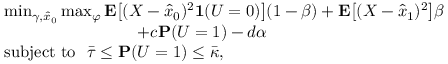
\begin{array} { r l } & { \operatorname* { m i n } _ { \gamma , \hat { x } _ { 0 } } \operatorname* { m a x } _ { \varphi } \mathbf { E } \big [ ( X - \hat { x } _ { 0 } ) ^ { 2 } \mathbf { 1 } ( U = 0 ) \big ] ( 1 - \beta ) + \mathbf { E } \big [ ( X - \hat { x } _ { 1 } ) ^ { 2 } \big ] \beta } \\ & { \qquad \qquad \qquad \qquad + c \mathbf { P } ( U = 1 ) - d \alpha } \\ & { \mathrm { s u b j e c t ~ t o ~ ~ } \bar { \tau } \le \mathbf { P } ( U = 1 ) \le \bar { \kappa } , } \end{array}